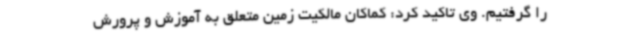
را گرفتیم. وی تاکید کرد: کماکان مالکیت زمین متعلق به آموزش و پرورش